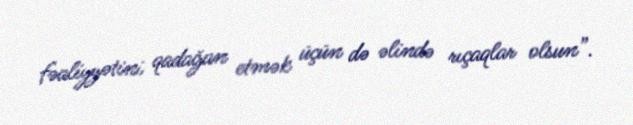
fəaliyyətini qadağan etmək üçün də əlində rıçaqlar olsun”.